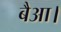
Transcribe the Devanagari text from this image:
बैआ।